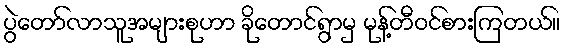
ပွဲတော်လာသူအများစုဟာ ခိုတောင်ရွာမှ မုန့်တီဝင်စားကြတယ်။